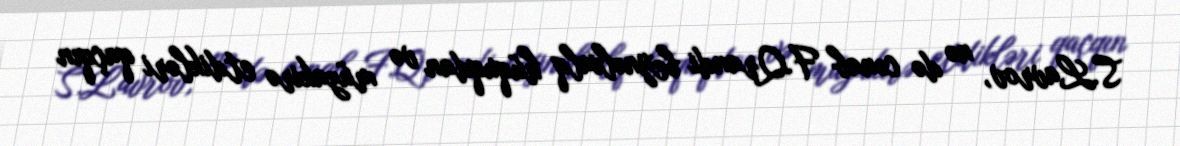
S.Lavrov, nə də cənab F.Qrandi beynəlxalq hüquqdan və müzakirə etdikləri qaçqın